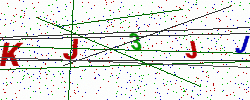
Text: KJ3JJ